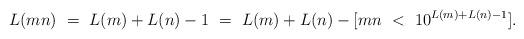
LaTeX: \begin{align*} L(mn) \ = \ L(m) + L(n) - 1 \ = \ L(m) + L(n) - [mn\ <\ 10^{L(m)+L(n)-1}].\end{align*}